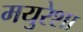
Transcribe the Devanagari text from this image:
मयुरेशा